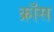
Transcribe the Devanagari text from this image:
क्राँस